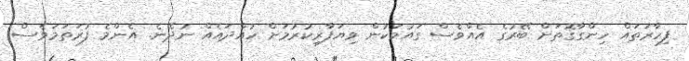
ފިހާރަތައް ހިންގާގޮތަށް ބޭރުގެ އެއްވެސް ގައުމަކުން ވިޔަފާރިކުރުމަށް ހުއްދައެއް ނުދޭނެ. އެންމެ ފުރަތަމަވެސް